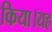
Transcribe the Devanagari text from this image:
किया।यह